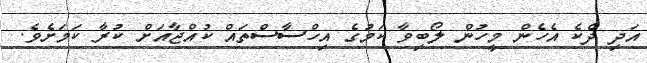
އަދި ދެކެ އެހެން މީހުން ލޯބިވާ ކަމުގެ އިހްސާސްތައް ކުއްޖާއަށް ކުރާ ކަމަށެވެ.